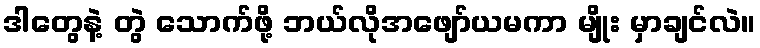
ဒါတွေနဲ့ တွဲ သောက်ဖို့ ဘယ်လိုအဖျော်ယမကာ မျိုး မှာချင်လဲ။